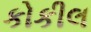
કોકીલ